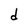
Character: d